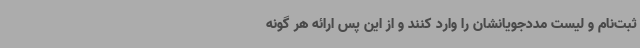
ثبت‌نام و لیست مددجویانشان را وارد کنند و از این پس ارائه هر گونه